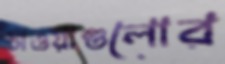
চাওয়াগুলোর